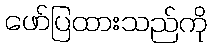
ဖော်ပြထားသည်ကို